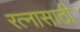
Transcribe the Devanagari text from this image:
रत्‍नासाठी